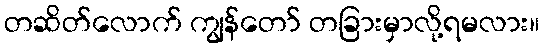
တဆိတ်လောက် ကျွန်တော် တခြားမှာလို့ရမလား။